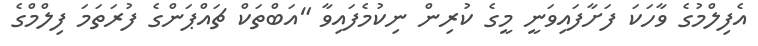
އެފިލްމުގެ ވާހަކަ ފަށާފައިވަނީ މީގެ ކުރިން ނިކުމެފައިވާ "އަބްތަކް ޗައްޕަންގެ ފުރަތަމަ ފިލްމްގެ